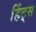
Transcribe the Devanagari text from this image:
हिंट्स